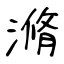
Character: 滫